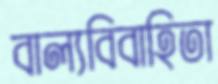
বাল্যবিবাহিতা